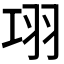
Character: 𦏼